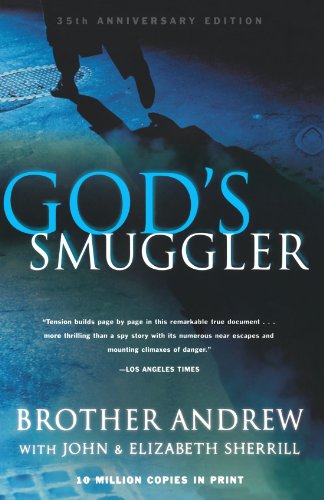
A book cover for God's Smuggler; Brother Andrew; Christian Books & Bibles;